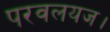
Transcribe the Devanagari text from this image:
परवलयज।